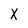
Character: X